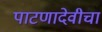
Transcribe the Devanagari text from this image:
पाटणादेवीचा